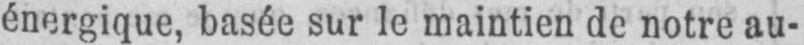
énergique, basée sur le maintien de notre au-